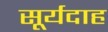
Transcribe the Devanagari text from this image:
सूर्यदाह